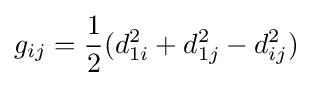
g_{ij}={\frac {1}{2}}(d_{1i}^{2}+d_{1j}^{2}-d_{ij}^{2})